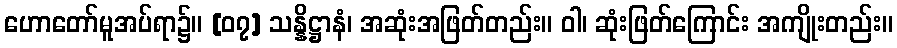
ဟောတော်မူအပ်ရာ၌။ [၀၇] သန္နိဋ္ဌာနံ၊ အဆုံးအဖြတ်တည်း။ ဝါ၊ ဆုံးဖြတ်ကြောင်း အကျိုးတည်း။